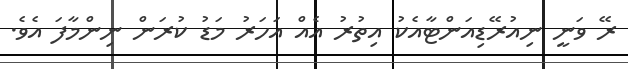
ރޭ ވަނީ ނިއުރޭޑިއަންޓާއެކު އިތުރު އެއް އަހަރު މަޑު ކުރަން ނިންމާފަ އެވެ.